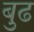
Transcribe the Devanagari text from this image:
बुढ